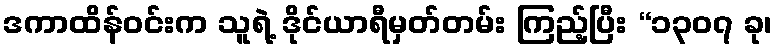
ဒကာထိန်ဝင်းက သူရဲ့ ဒိုင်ယာရီမှတ်တမ်း ကြည့်ပြီး “၁၃၀၇ ခု၊